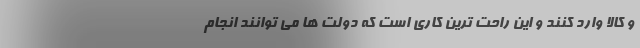
و کالا وارد کنند و این راحت ترین کاری است که دولت ها می توانند انجام